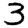
Digit: 3